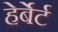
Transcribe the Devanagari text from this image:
हेर्बेर्ट